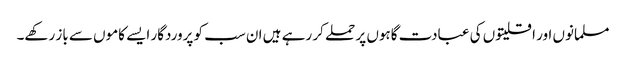
مسلمانوں اور اقلیتوں کی عبادت گاہوں پر حملے کر رہے ہیں ان سب کو پروردگار ایسے کاموں سے باز رکھے۔